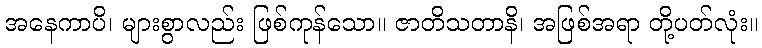
အနေကာပိ၊ များစွာလည်း ဖြစ်ကုန်သော။ ဇာတိသတာနိ၊ အဖြစ်အရာ တို့ပတ်လုံး။